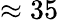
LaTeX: \approx 35